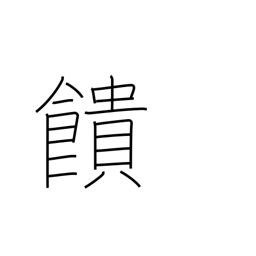
Meaning: offer